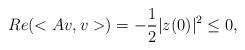
LaTeX: \begin{align*}Re(<Av,v>)=-\frac{1}{2}|z(0)|^{2}\le 0,\end{align*}